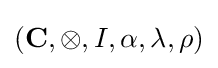
(\mathbf {C} ,\otimes ,I,\alpha ,\lambda ,\rho )